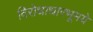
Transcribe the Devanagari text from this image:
विरोधाधारभूमये